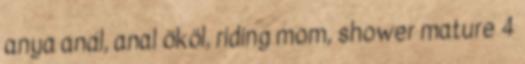
anya anál, anal ököl, riding mom, shower mature 4